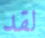
لقد